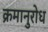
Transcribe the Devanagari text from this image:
क्रमानुरोध